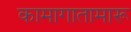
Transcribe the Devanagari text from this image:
कामागातामारू